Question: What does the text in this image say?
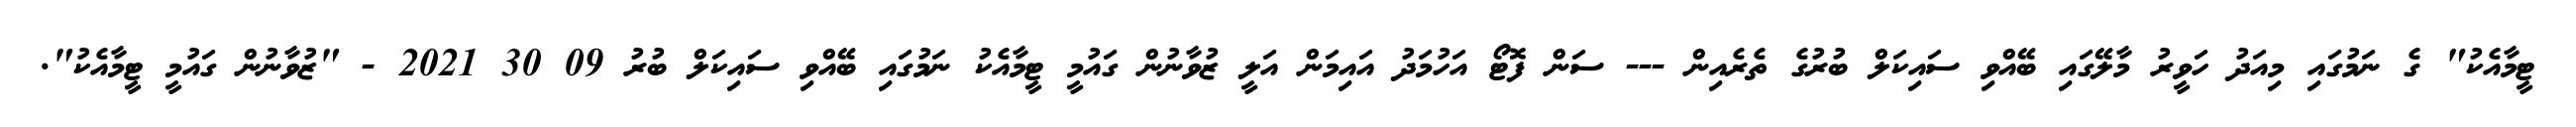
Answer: ޓީމާއެކު" ގެ ނަމުގައި މިއަދު ހަވީރު މާލޭގައި ބޭއްވި ސައިކަލް ބުރުގެ ތެރެއިން --- ސަން ފޮޓޯ އަހުމަދު އައިމަން އަލީ ޒުވާނުން ގައުމީ ޓީމާއެކު ނަމުގައި ބޭއްވި ސައިކަލް ބުރު 09 30 2021 - "ޒުވާނުން ގައުމީ ޓީމާއެކު".